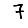
Digit: 7